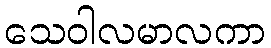
သေဝါလမာလကာ